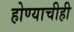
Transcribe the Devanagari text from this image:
होण्याचीही